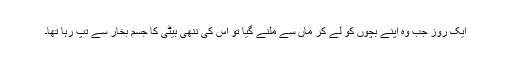
ایک روز جب وہ اپنے بچوں کو لے کر ماں سے ملنے گیا تو اس کی ننھی بیٹی کا جسم بخار سے تپ رہا تھا۔